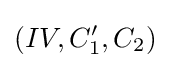
(IV,C_{1}',C_{2})